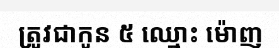
ត្រូវជាកូន ៥ ឈ្មោះ ម៉ោញ